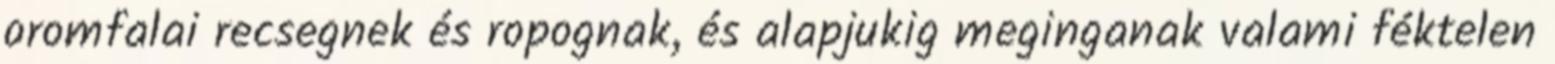
oromfalai recsegnek és ropognak, és alapjukig meginganak valami féktelen